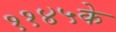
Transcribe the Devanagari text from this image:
११४५के